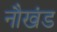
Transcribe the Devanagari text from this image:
नौखंड